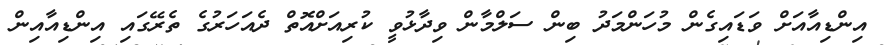
އިންޑިއާއަށް ވަޑައިގެން މުހަންމަދު ބިން ސަލްމާން ވިދާޅުވީ ކުރިއަށްއޮތް ދެއަހަރުގެ ތެރޭގައި އިންޑިއާއިން